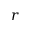
r